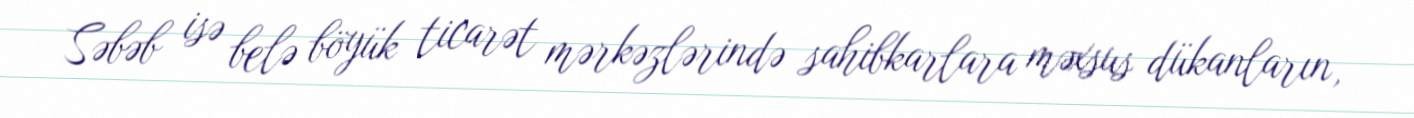
Səbəb isə belə böyük ticarət mərkəzlərində sahibkarlara məxsus dükanların,